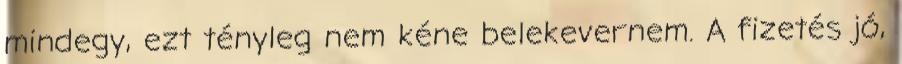
mindegy, ezt tényleg nem kéne belekevernem. A fizetés jó,